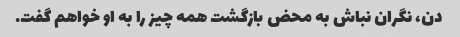
دن، نگران نباش به محض بازگشت همه چیز را به او خواهم گفت.